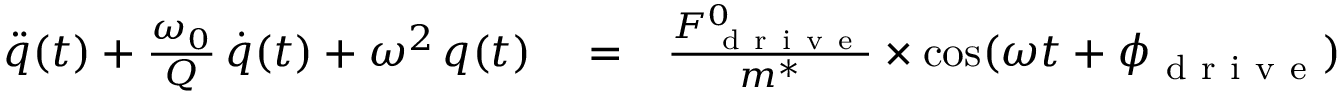
\begin{array} { r l r } { \ddot { q } ( t ) + \frac { \omega _ { 0 } } { Q } \, \dot { q } ( t ) + \omega ^ { 2 } \, q ( t ) } & { { } = } & { \frac { F _ { \mathrm { ~ d ~ r ~ i ~ v ~ e ~ } } ^ { 0 } } { m ^ { * } } \times \cos ( \omega t + \phi _ { \mathrm { ~ d ~ r ~ i ~ v ~ e ~ } } ) } \end{array}